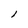
Character: l